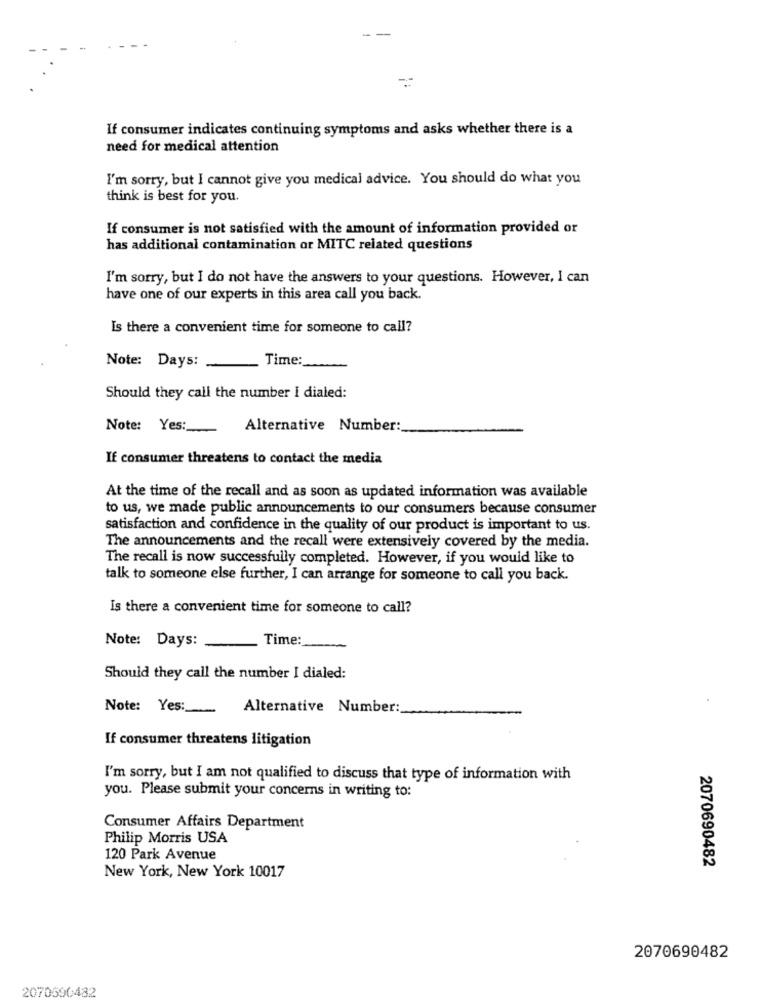
If consumer indicates continuing symptoms and asks whether there is a
need for medical attention
I'm sorry, but I cannot give you medical advice. You should do what you
think is best for you.
If consumer is not satisfied with the amount of information provided or
has additional contamination or MITC related questions
I'm sorry, but I do not have the answers to your questions. However, I can
have one of our experts in this area call you back.
Is there a convenient time for someone to call?
Note: Days:
Time:
Should they call the number i dialed:
Note: Yes:
Alternative Number:
If consumer threatens to contact the media
At the time of the recall and as soon as updated information was available
to us, we made public announcements to our consumers because consumer
satisfaction and confidence in the quality of our product is important to us.
The announcements and the recall were extensively covered by the media.
The recall is now successfully completed. However, if you would like to
talk to someone else further, I can arrange for someone to call you back.
Is there a convenient time for someone to call?
Note: Days:
Time:
Should they call the number I dialed:
Note: Yes :_
Alternative Number:
If consumer threatens litigation
I'm sorry, but I am not qualified to discuss that type of information with
you. Please submit your concerns in writing to:
Consumer Affairs Department
Philip Morris USA
120 Park Avenue
2070690482
New York, New York 10017
2070690482
2070590482